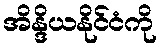
အိန္ဒိယနိုင်ငံကို